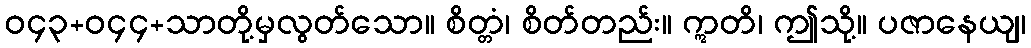
ဝ၄၃+ဝ၄၄+သာတို့မှလွတ်သော။ စိတ္တံ၊ စိတ်တည်း။ ဣတိ၊ ဤသို့။ ပဇာနေယျ၊